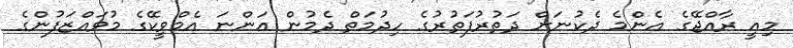
މިއީ ރާއްޖޭގެ އެންމެ ދެކުނަށް ދަތުރުފަތުރުގެ ހިދުމަތް ދެމުން އަންނަ އެމްވީކޭގެ މުވައްޒަފުންގެ